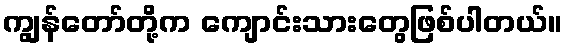
ကျွန်တော်တို့က ကျောင်းသားတွေဖြစ်ပါတယ်။